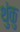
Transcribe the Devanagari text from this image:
थुंकु